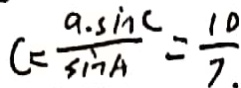
C = \frac { a \cdot \sin C } { \sin A } = \frac { 1 0 } { 7 } .